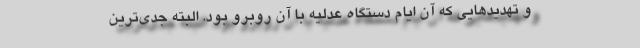
و تهدیدهایی که آن ایام دستگاه عدلیه با آن روبرو بود. البته جدی‌ترین